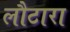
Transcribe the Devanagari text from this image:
लौटारा